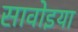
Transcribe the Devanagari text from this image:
सावोइया